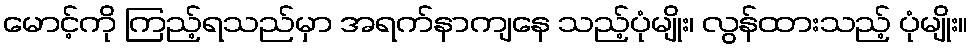
မောင့်ကို ကြည့်ရသည်မှာ အရက်နာကျနေ သည့်ပုံမျိုး၊ လွန်ထားသည့် ပုံမျိုး။